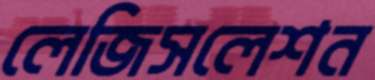
লেজিসলেশন